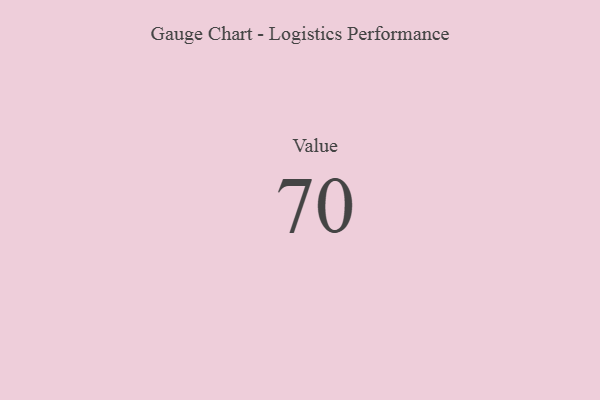
{"axis": {"x": "Metric", "y": "Value"}, "legend": [""], "data": [{"x": "Value", "y": 70, "type": ""}]}